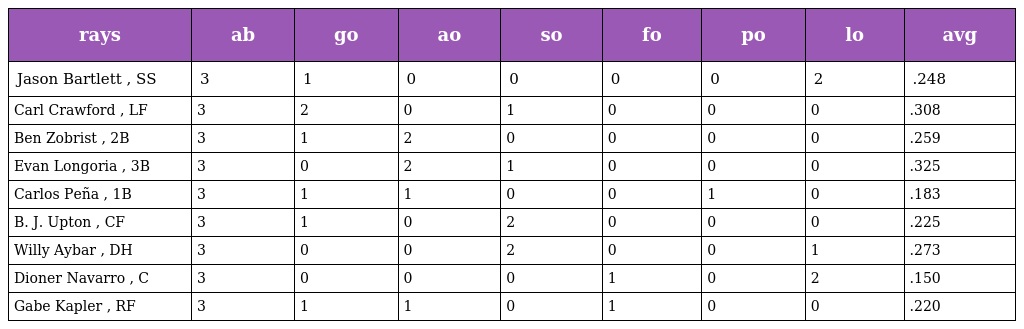
| rays | ab | go | ao | so | fo | po | lo | avg |
 | --- | --- | --- | --- | --- | --- | --- | --- | --- |
 | Jason Bartlett , SS | 3 | 1 | 0 | 0 | 0 | 0 | 2 | .248 |
 | Carl Crawford , LF | 3 | 2 | 0 | 1 | 0 | 0 | 0 | .308 |
 | Ben Zobrist , 2B | 3 | 1 | 2 | 0 | 0 | 0 | 0 | .259 |
 | Evan Longoria , 3B | 3 | 0 | 2 | 1 | 0 | 0 | 0 | .325 |
 | Carlos Peña , 1B | 3 | 1 | 1 | 0 | 0 | 1 | 0 | .183 |
 | B. J. Upton , CF | 3 | 1 | 0 | 2 | 0 | 0 | 0 | .225 |
 | Willy Aybar , DH | 3 | 0 | 0 | 2 | 0 | 0 | 1 | .273 |
 | Dioner Navarro , C | 3 | 0 | 0 | 0 | 1 | 0 | 2 | .150 |
 | Gabe Kapler , RF | 3 | 1 | 1 | 0 | 1 | 0 | 0 | .220 |